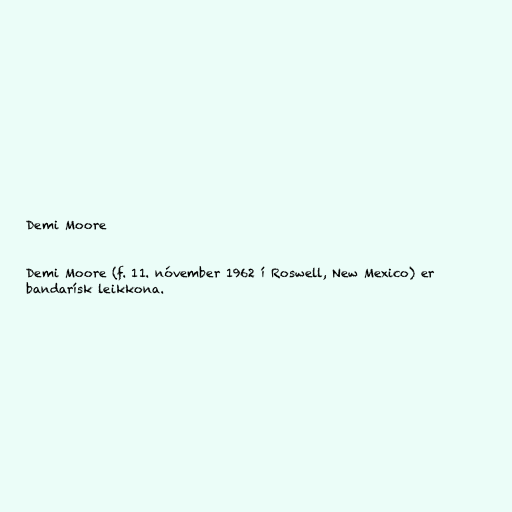
Demi Moore

Demi Moore (f. 11. nóvember 1962 í Roswell, New Mexico) er
bandarísk leikkona.